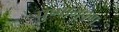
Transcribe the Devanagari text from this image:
पुष्पाभूषण